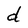
Character: d